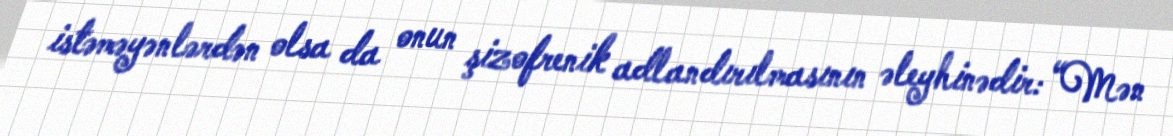
istəməyənlərdən olsa da onun şizofrenik adlandırılmasının əleyhinədir: “Mən